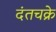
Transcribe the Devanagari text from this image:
दंतचक्रे